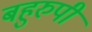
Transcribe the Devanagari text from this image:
बहुरुपी